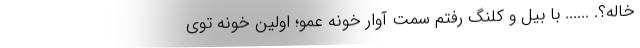
خاله؟. ...... با بيل و كلنگ رفتم سمت آوار خونه عمو؛ اولين خونه توي